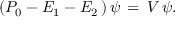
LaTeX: ( P _ { 0 } - E _ { 1 } - E _ { 2 } \, ) \, \psi \, = \, V \, \psi .